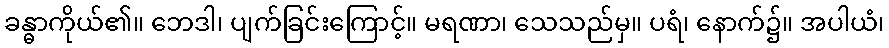
ခန္ဓာကိုယ်၏။ ဘေဒါ၊ ပျက်ခြင်းကြောင့်။ မရဏာ၊ သေသည်မှ။ ပရံ၊ နောက်၌။ အပါယံ၊